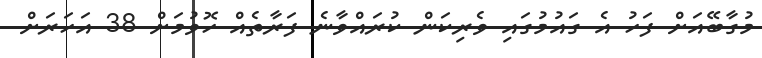
މުގާބޭއަށް ފަހު އެ ގައުމުގައި ވެރިކަން ކުރައްވާނެ ފަރާތެއް ހޮވުމަށް 38 އަހަރަށް